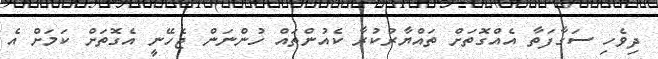
ދިވެހި ސަގާފަތާ އެެއްގޮތަށް ތައްޔާރުކުރާ ކެއުންތައް ހުންނަން ޖެހޭނީ އެގޮތަށް ކަމަށް އެ